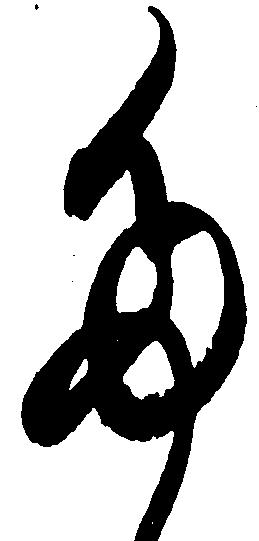
た